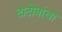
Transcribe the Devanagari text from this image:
दादोबांचा